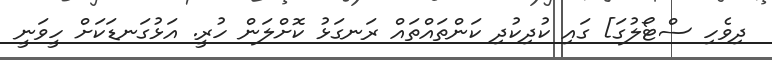
ދިވެހި ސްޓޯލުގަ] ގައި ކުދިކުދި ކަންތައްތައް ރަނގަޅު ކޮށްލަން ހުރީ. އަޅުގަނޑަކަށް ހީވަނީ